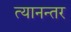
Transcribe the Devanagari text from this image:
त्यानन्तर